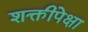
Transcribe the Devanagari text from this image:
शक्तीपेक्षा